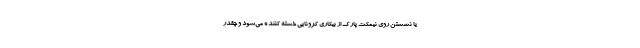
یا نشستن روی نیمکت پارک از بیکاری کرونایی خسته کننده می‌شود و چقدر